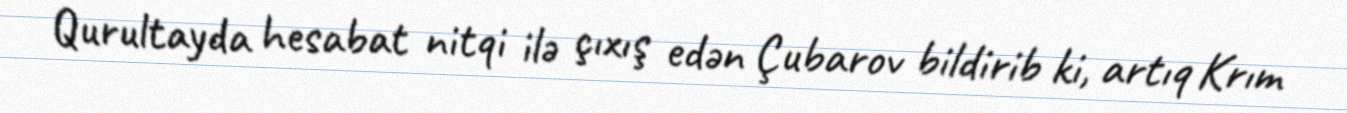
Qurultayda hesabat nitqi ilə çıxış edən Çubarov bildirib ki, artıq Krım